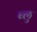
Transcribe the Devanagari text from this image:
ब्‍लु